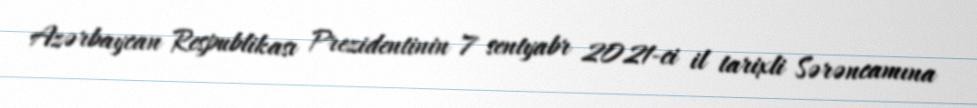
Azərbaycan Respublikası Prezidentinin 7 sentyabr 2021-ci il tarixli Sərəncamına